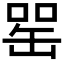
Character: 𦈯